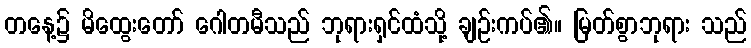
တနေ့၌ မိထွေးတော် ဂေါတမီသည် ဘုရားရှင်ထံသို့ ချဉ်းကပ်၏။ မြတ်စွာဘုရား သည်